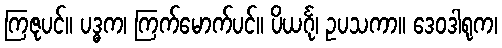
ကြဇုပင်။ ပဒ္ဓက၊ ကြက်မောက်ပင်။ ပိယင်္ဂု၊ ဥပသကာ။ ဒေဝဒါရုက၊